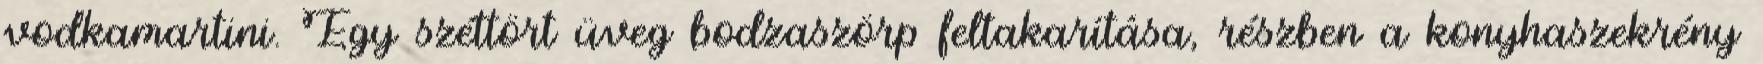
vodkamartini. Egy széttört üveg bodzaszörp feltakarítása, részben a konyhaszekrény